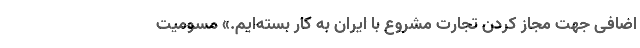
اضافی جهت مجاز کردن تجارت مشروع با ایران به کار بسته‌ایم.» مسومیت